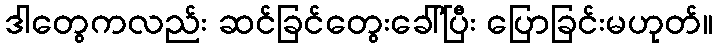
ဒါတွေကလည်း ဆင်ခြင်တွေးခေါ်ပြီး ပြောခြင်းမဟုတ်။